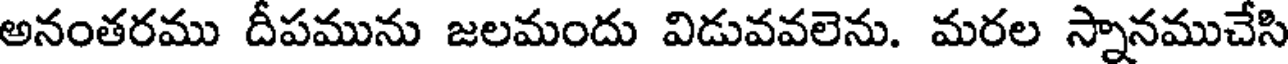
అనంతరము దీపమును జలమందు విడువవలెను. మరల స్నానముచేసి